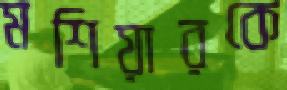
মশিয়ারকে